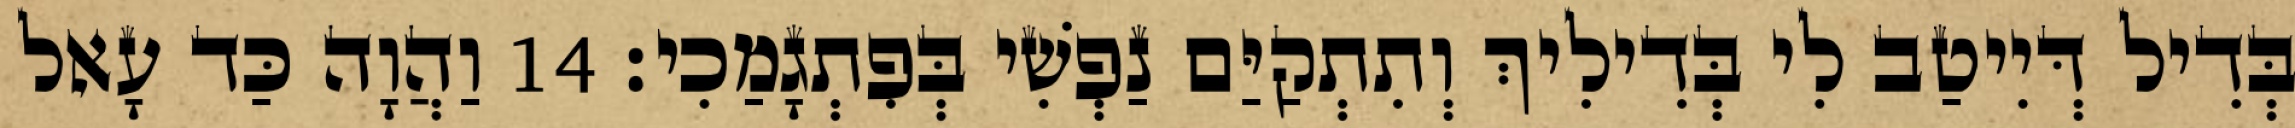
בְּדִיל דְּיִיטַב לִי בְּדִילִיךְ וְתִתְקַיַּם נַפְשִׁי בְּפִתְגָמַכִי׃ 14 וַהֲוָה כַּד עָאל